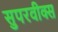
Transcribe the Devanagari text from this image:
सुपरवीक्स